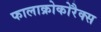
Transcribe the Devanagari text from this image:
फालाक्रोकोरैक्स